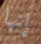
إنها